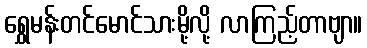
ရွှေမန်းတင်မောင်သားမို့လို့ လာကြည့်တာဗျာ။